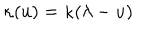
\kappa ( u ) = \kappa ( \lambda - u )